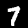
Digit: 7